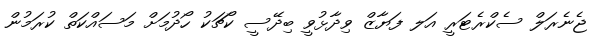
ޖެނެރަލް ސެކްރެޓަރީ އަލ ފަޔާޒް ވިދާޅުވީ ބިދޭސީ ކޯޗަކު ހޯދުމަށް މަސައްކަތް ކުރަމުން